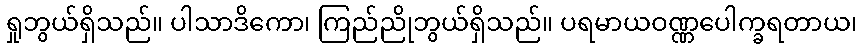
ရှုဘွယ်ရှိသည်။ ပါသာဒိကော၊ ကြည်ညိုဘွယ်ရှိသည်။ ပရမာယဝဏ္ဏပေါက္ခရတာယ၊